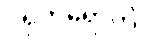
ဂရုကရောတိ